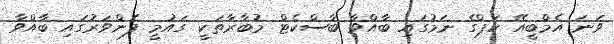
ވަނަ އެމްބީއޭ ކަޕްގެ ނަމުގައި ބާއްވާ ބާސްކެޓް މުބާރާތަކީ ގައުމީ ފެންވަރުގައި ބާއްވާ